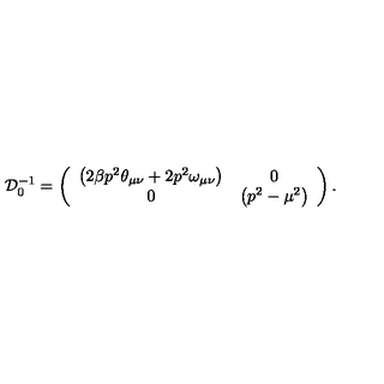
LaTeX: { \cal D } _ { 0 } ^ { - 1 } = \left( \begin{array} { c c } { \left( 2 \beta p ^ { 2 } \theta _ { \mu \nu } + 2 p ^ { 2 } \omega _ { \mu \nu } \right) } & { 0 } \\ { 0 } & { \left( p ^ { 2 } - \mu ^ { 2 } \right) } \\ \end{array} \right) \mathrm { { . } }